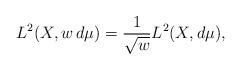
LaTeX: \begin{align*}L^2(X,w\,d\mu)=\frac{1}{\sqrt{w}}L^2(X,d\mu),\end{align*}